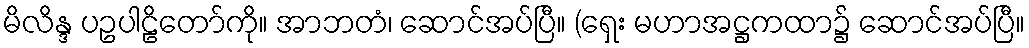
မိလိန္ဒ ပဥပါဠိတော်ကို။ အာဘတံ၊ ဆောင်အပ်ပြီ။ (ရှေး မဟာအဋ္ဌကထာ၌ ဆောင်အပ်ပြီ။